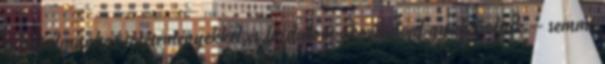
a hatalmunkat jótéteményekkel és fájdalom okozásával gyakoroljuk – semmi